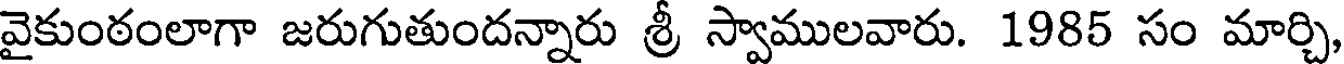
వైకుంఠంలాగా జరుగుతుందన్నారు శ్రీ స్వాములవారు. 1985 సం మార్చి,